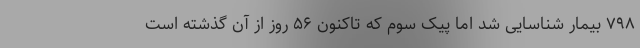
۷۹۸ بیمار شناسایی شد اما پیک سوم که تاکنون ۵۶ روز از آن گذشته است